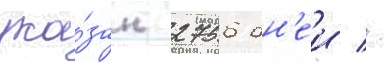
ука́зан 2756 дн'еи //